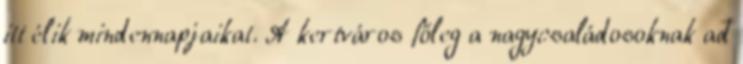
itt élik mindennapjaikat. A kertváros főleg a nagycsaládosoknak ad